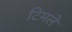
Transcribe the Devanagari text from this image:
टिमले